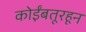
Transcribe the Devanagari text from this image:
कोईंबतूरहून